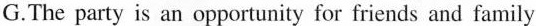
G.The party is an opportunity for friends and family